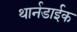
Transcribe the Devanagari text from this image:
थार्नडाईक